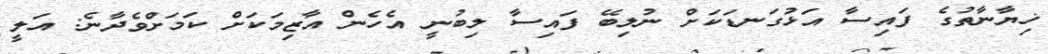
ޚިޔާނާތުގެ ފައިސާ އަޅުގަނޑަކަށް ނުލިބޭ ފައިސާ ލިބުނީ އެހެން އާޒިމަކަށް ކަމަށްވެދާނެ: އަލީ